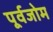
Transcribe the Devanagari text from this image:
पूर्वजोम